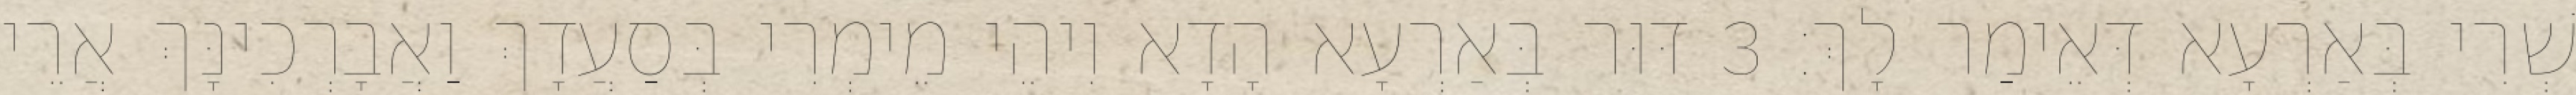
שְׁרִי בְּאַרְעָא דְּאֵימַר לָךְ׃ 3 דּוּר בְּאַרְעָא הָדָא וִיהֵי מֵימְרִי בְּסַעֲדָךְ וַאֲבָרְכִינָּךְ אֲרֵי